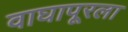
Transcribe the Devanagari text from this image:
वाघापूरला